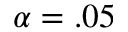
\alpha = . 0 5